Vital statistics of India. Vol. VI, European troops 1870-79
Year: 1870
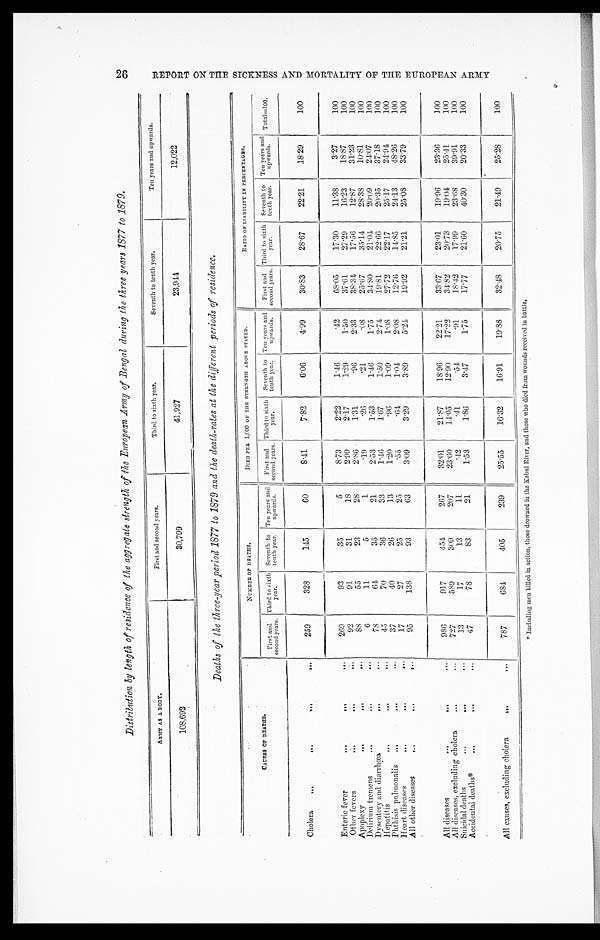
Distribution by length of residence of the aggregate strength of the European Army of Bengal during the three years 1877 to 1879.
A R M Y A S A B O D Y .
First and second years.
Third to sixth year.
Sevent h t o t ent h year.
Ten years and upwards.
108,692
30,799
41,927
2 3 , 9 4 4
12,022
Deaths of the three-year period 1877 to 1879 and the death-rates at the different periods of residence.
CAUSES OF DEATHS.
NUMBER OF DEATHS. DIED PER 1,000 OF THE STRENGTH ABOVE STATED.
RATIO OF LIABILITY IN PERCENTAGES.
First and
second years.
Third to sixth
year.
Seventh to
tenth year. Ten years and
upwards.
First and
second years.
Third to sixth
year.
Seventh to
tenth year. Ten years and
upwards. First and
second years.
Third to sixth
year.
Seventh to
tenth year.
Ten years and
upwards. Total=100.
Cholera
259
328
145
60
8.41
7.82
6.06
4.99
30.83
28.67
22.21
18.29
100
Enteric fever
269
93
35
5
8.73
2.22
1.46
.42
68.05
17.30
11.38
3.27
100
Other fevers
92
91
31
18
2.99
2.17
1.29
1.50
37.61
27.29
16.23
18.87
100
Apoplexy
8 8
55
23
28
2.86
1.31
.96
2.33
38.34
17.56
12.87
31.23
100
Delirium tremens
6
11
5
1
.19
. 26
.21
.08
25.67
35.14
28.38
10.81
100
Dysentery and diarrhœa
78
64
35
21
2.53
1.53
1.46
1.75
34.80
21.04
20.09
24.07
100
Hepatitis
45
70
3 6
33
1.46
1.67
1.50
2.74
19.81
22.66
20.35
37.18
100
Phthisis pulmonalis
37
40
2 6
13
1.20
.96
1.09
1.08
27.72
22.17
25.17
24.94
100
Heart diseases
17
27
25
25
.55
. 6 4
1.04
2.08
12.76
14.85
24.13
48.26
100
All other diseases
95
138
93
63
3.09
3.29
3.89
5.24
19.92
21.21
25.08
33.79
100
All diseases
986
917
454
267
32.01
21.87
18.96
22.21
33.67
23.01
19.96
23.36
100
All diseases, excluding cholera
727
589
309
207
23.60
14.05
12.90
17.22
34.82
20.73
19.04
25.41
100
Suicidal deaths
13
17
13
11
.42
.41
.54
.91
18.42
17.99
23.68
39.91
100
Accidental deaths*
47
78
83
21
1.53
1.86
3.47
1.75
17.77
21.60
40.30
20.33
100
All causes, excluding cholera
787
681
405
239
25.55
16.32
16.91
19.88
32.48
20.75
21.49
25.28
100
*Including men killed in action, those drowned in the Kabul River, and those who died from wounds received in battle.
26 R E P O R T O N T H E S I C K N E S S A N D M O R T A L I T Y O F T H E E U R O P E A N A R M Y